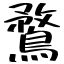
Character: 鶩